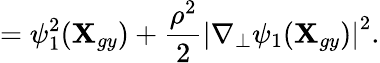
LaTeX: =\psi_{1}^{2}(\textbf{X}_{gy})+\frac{\rho^{2}}{2}\left|\nabla_{\perp}\psi_{1}(\textbf{X}_{gy})\right|^{2}.